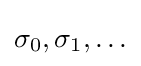
\textstyle \sigma _{0},\sigma _{1},\ldots